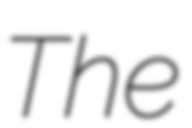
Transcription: The